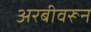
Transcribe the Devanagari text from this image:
अरबीवरून